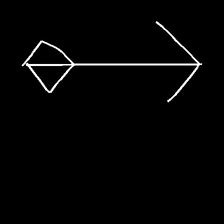
Glyph: focus